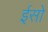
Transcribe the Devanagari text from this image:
ईसो